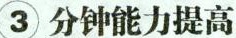
③ 分钟能力提高